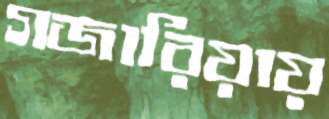
গজারিয়ায়